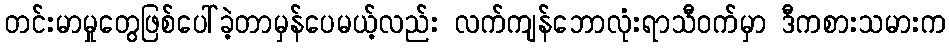
တင်းမာမှုတွေဖြစ်ပေါ်ခဲ့တာမှန်ပေမယ့်လည်း လက်ကျန်ဘောလုံးရာသီဝက်မှာ ဒီကစားသမားက